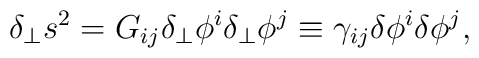
\delta_\perp s^2 = G_{ij}\delta_\perp\phi^i \delta_\perp\phi^j  \equiv \gamma_{ij}\delta \phi^i \delta\phi^j,